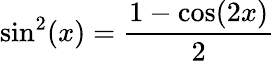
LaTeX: \sin^{2}(x)={\frac{1-\cos(2x)}{2}}